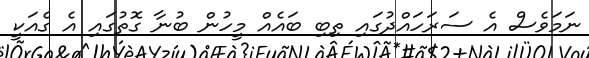
ނަމަވެސް އެ ސަރަހައްދުގައި ތިބި ބައެއް މީހުން ބުނާ ގޮތުގައި އެ ގެއަކީ